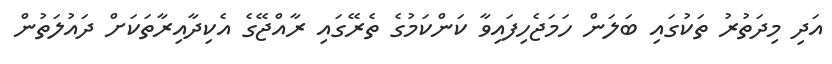
އަދި މިދަތުރު ތަކުގައި ބަލަން ހަމަޖެހިފައިވާ ކަންކަމުގެ ތެރޭގައި ރާއްޖޭގެ އެކިދާއިރާތަކަށް ދައުލަތުން